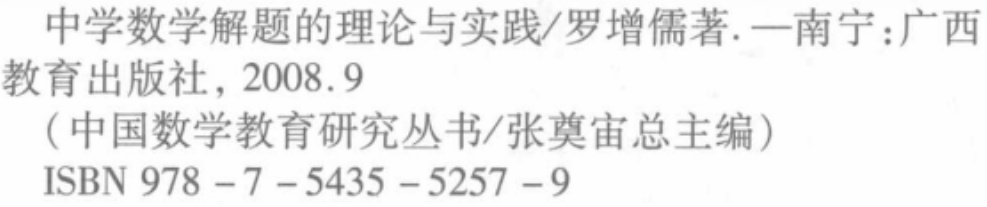
中学数学解题的理论与实践/罗增儒著. —南宁：广西教育出版社，2008.9

（中国数学教育研究丛书/张奠宙总主编）

ISBN 978 - 7 - 5435 - 5257 - 9